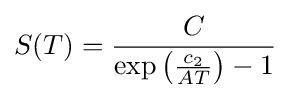
S(T)={\frac {C}{\exp \left({\frac {c_{2}}{AT}}\right)-1}}